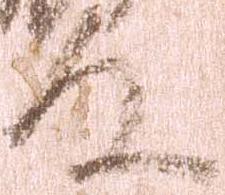
殿